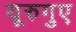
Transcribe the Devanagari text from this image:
यूरुगुए